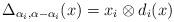
LaTeX: \begin{align*} \Delta_{\alpha_i,\alpha-\alpha_i}(x)=x_i\otimes d_i(x)\end{align*}